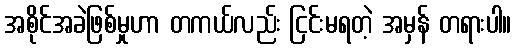
အစိုင်အခဲဖြစ်မှုဟာ တကယ်လည်း ငြင်းမရတဲ့ အမှန် တရားပါ။